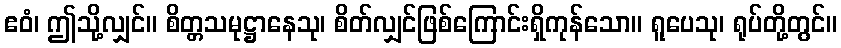
ဧဝံ၊ ဤသို့လျှင်။ စိတ္တသမုဋ္ဌာနေသု၊ စိတ်လျှင်ဖြစ်ကြောင်းရှိကုန်သော။ ရူပေသု၊ ရုပ်တို့တွင်။